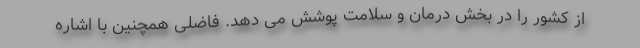
از کشور را در بخش درمان و سلامت پوشش می دهد. فاضلی همچنین با اشاره